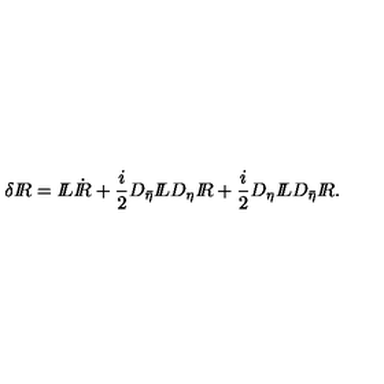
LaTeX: \delta { I \! \! R } = { I \! \! L } \dot { I \! \! R } + \frac { i } { 2 } D _ { \bar { \eta } } { I \! \! L } D _ { \eta } { I \! \! R } + \frac { i } { 2 } D _ { \eta } { I \! \! L } D _ { \bar { \eta } } { I \! \! R } .